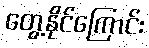
တွေ့နိုင်ကြောင်း